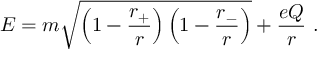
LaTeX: E = m \sqrt { \left( 1 - { \frac { r _ { + } } { r } } \right) \left( 1 - { \frac { r _ { - } } { r } } \right) } + { \frac { e Q } { r } } ~ .